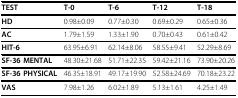
<table><thead><tr><td><b>TEST</b></td><td><b>T-0</b></td><td><b>T-6</b></td><td><b>T-12</b></td><td><b>T-18</b></td></tr></thead><tbody><tr><td><b>HD</b></td><td>0.98±0.09</td><td>0.77±0.30</td><td>0.69±0.29</td><td>0.65±0.36</td></tr><tr><td><b>AC</b></td><td>1.79±1.59</td><td>1.33±1.90</td><td>0.70±0.43</td><td>0.61±0.42</td></tr><tr><td><b>HIT-6</b></td><td>63.95±6.91</td><td>62.14±8.06</td><td>58.55±9.41</td><td>52.29±8.69</td></tr><tr><td><b>SF-36 MENTAL</b></td><td>48.30±21.68</td><td>51.71±22.35</td><td>59.42±21.16</td><td>73.90±20.26</td></tr><tr><td><b>SF-36 PHYSICAL</b></td><td>46.35±18.91</td><td>49.17±19.90</td><td>52.58±24.69</td><td>70.18±23.22</td></tr><tr><td><b>VAS</b></td><td>7.98±1.26</td><td>6.02±1.89</td><td>5.13±1.61</td><td>4.25±1.49</td></tr></tbody></table>